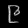
Digit: ၉